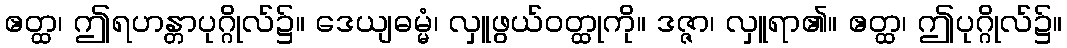
ဧတ္ထ၊ ဤရဟန္တာပုဂ္ဂိုလ်၌။ ဒေယျဓမ္မံ၊ လှူဖွယ်ဝတ္ထုကို။ ဒဇ္ဇာ၊ လှူရာ၏။ ဧတ္ထ၊ ဤပုဂ္ဂိုလ်၌။